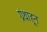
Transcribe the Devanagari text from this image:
ग्रंथाहून